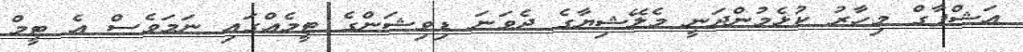
އަޝްފާގް މިހާރު ކުޅެމުންދަނީ މެލޭޝިޔާގެ ދެވަނަ ޑިވިޝަންގެ ޓީމެއްގައި ނަމަވެސް އެ ޓީމް